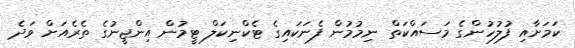
ކަމަށާއި ފުލުހުންގެ މަސައްކަތް ނިމުމުން ފެނަކައިގެ ޓެކްނިކަލް ޓީމުން އިންޖީނުގެ ތެރެއަށް ވަދެ